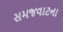
સમજવાટના